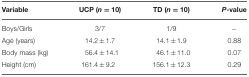
<table><thead><tr><td><b>Variable</b></td><td><b>UCP (<i>n</i> = 10)</b></td><td><b>TD (<i>n</i> = 10)</b></td><td><b><i>P</i>-value</b></td></tr></thead><tbody><tr><td>Boys/Girls</td><td>3/7</td><td>1/9</td><td>−</td></tr><tr><td>Age (years)</td><td>14.2 ± 1.7</td><td>14.1 ± 1.9</td><td>0.88</td></tr><tr><td>Body mass (kg)</td><td>56.4 ± 14.1</td><td>46.1 ± 11.0</td><td>0.07</td></tr><tr><td>Height (cm)</td><td>161.4 ± 9.2</td><td>156.1 ± 12.3</td><td>0.29</td></tr></tbody></table>